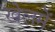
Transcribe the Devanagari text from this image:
खेलमें